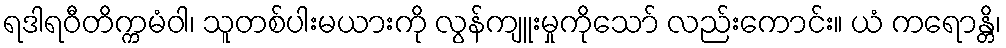
ရဒါရဝီတိက္ကမံဝါ၊ သူတစ်ပါးမယားကို လွန်ကျူးမှုကိုသော် လည်းကောင်း။ ယံ ကရောန္တိ၊